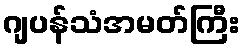
ဂျပန်သံအမတ်ကြီး